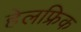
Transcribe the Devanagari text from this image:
हेलफ्रिक